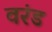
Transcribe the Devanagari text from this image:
वरंड